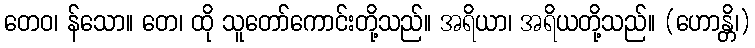
တေဝ၊ န်သော။ တေ၊ ထို သူတော်ကောင်းတို့သည်။ အရိယာ၊ အရိယတို့သည်။ (ဟောန္တိ၊)